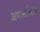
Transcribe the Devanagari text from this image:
अपर्त्याप्ता